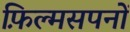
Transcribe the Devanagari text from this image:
फ़िल्मसपनों